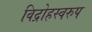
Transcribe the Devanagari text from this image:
विद्रोहस्वरुप